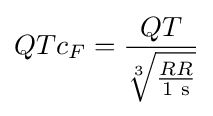
QTc_{F}={QT \over {\sqrt[{3}]{RR \over 1{\text{ s}}}}}